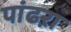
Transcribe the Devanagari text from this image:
पांढऱा